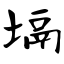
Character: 塥